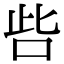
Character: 呰